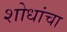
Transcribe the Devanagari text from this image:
शोधांचा